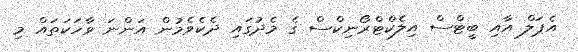
އެޕަލް އާއި ބީޓްސް އިލެކްޓްރޯނިކްސް ގެ މެދުގައި ދެކެވެމުން އަންނަ ވާހަކަތައް މި